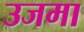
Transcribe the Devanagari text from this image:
उजमा